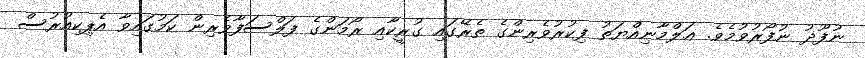
ނުފޫޛު ނުފޯރުވުމެވެ. ޢަލްމާނިއްޔަތު ފިކުރުވެރިންގެ ތެރޭގައި ގުރީކާއި ރޯމަންގެ ފަލްސަފާވެރިން ކަމުގައިވާ އެޕިކިއުރުސް